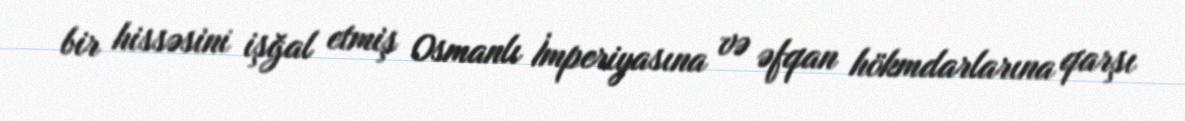
bir hissəsini işğal etmiş Osmanlı İmperiyasına və əfqan hökmdarlarına qarşı